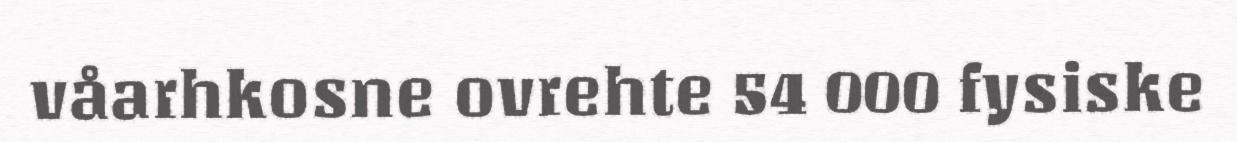
våarhkosne ovrehte 54 000 fysiske